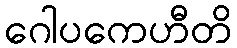
ဂေါပကေဟီတိ